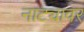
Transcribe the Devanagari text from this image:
नाट्यावर